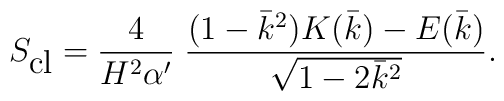
S_{\mbox{cl}}=\frac{4}{H^2\alpha'}\;\frac{(1-\bar{k}^2)K(\bar{k})-E(\bar{k})}{\sqrt{1-2\bar{k}^2}}.